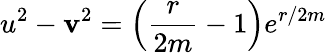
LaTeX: u^{2}-\mathbf{v}^{2}=\left(\frac{{r}}{{2m}}-1\right)e^{r/2m}